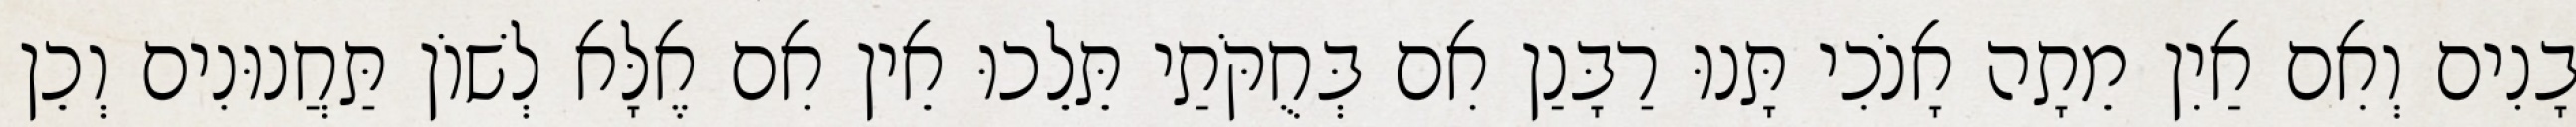
בָנִים וְאִם אַיִן מֵתָה אָנֹכִי תָּנוּ רַבָּנַן אִם בְּחֻקֹּתַי תֵּלֵכוּ אֵין אִם אֶלָּא לְשׁוֹן תַּחֲנוּנִים וְכֵן